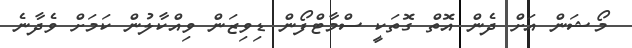
މޯޝަން އަށް ދެން އޮތް ގޮތަކީ ސްމާޓްފޯން ޑިވިޒަން ވިއްކާލުން ކަމަށް ވެދާނެ